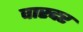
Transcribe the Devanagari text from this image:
वारदर